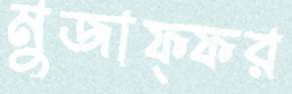
মুজাফ্ফর